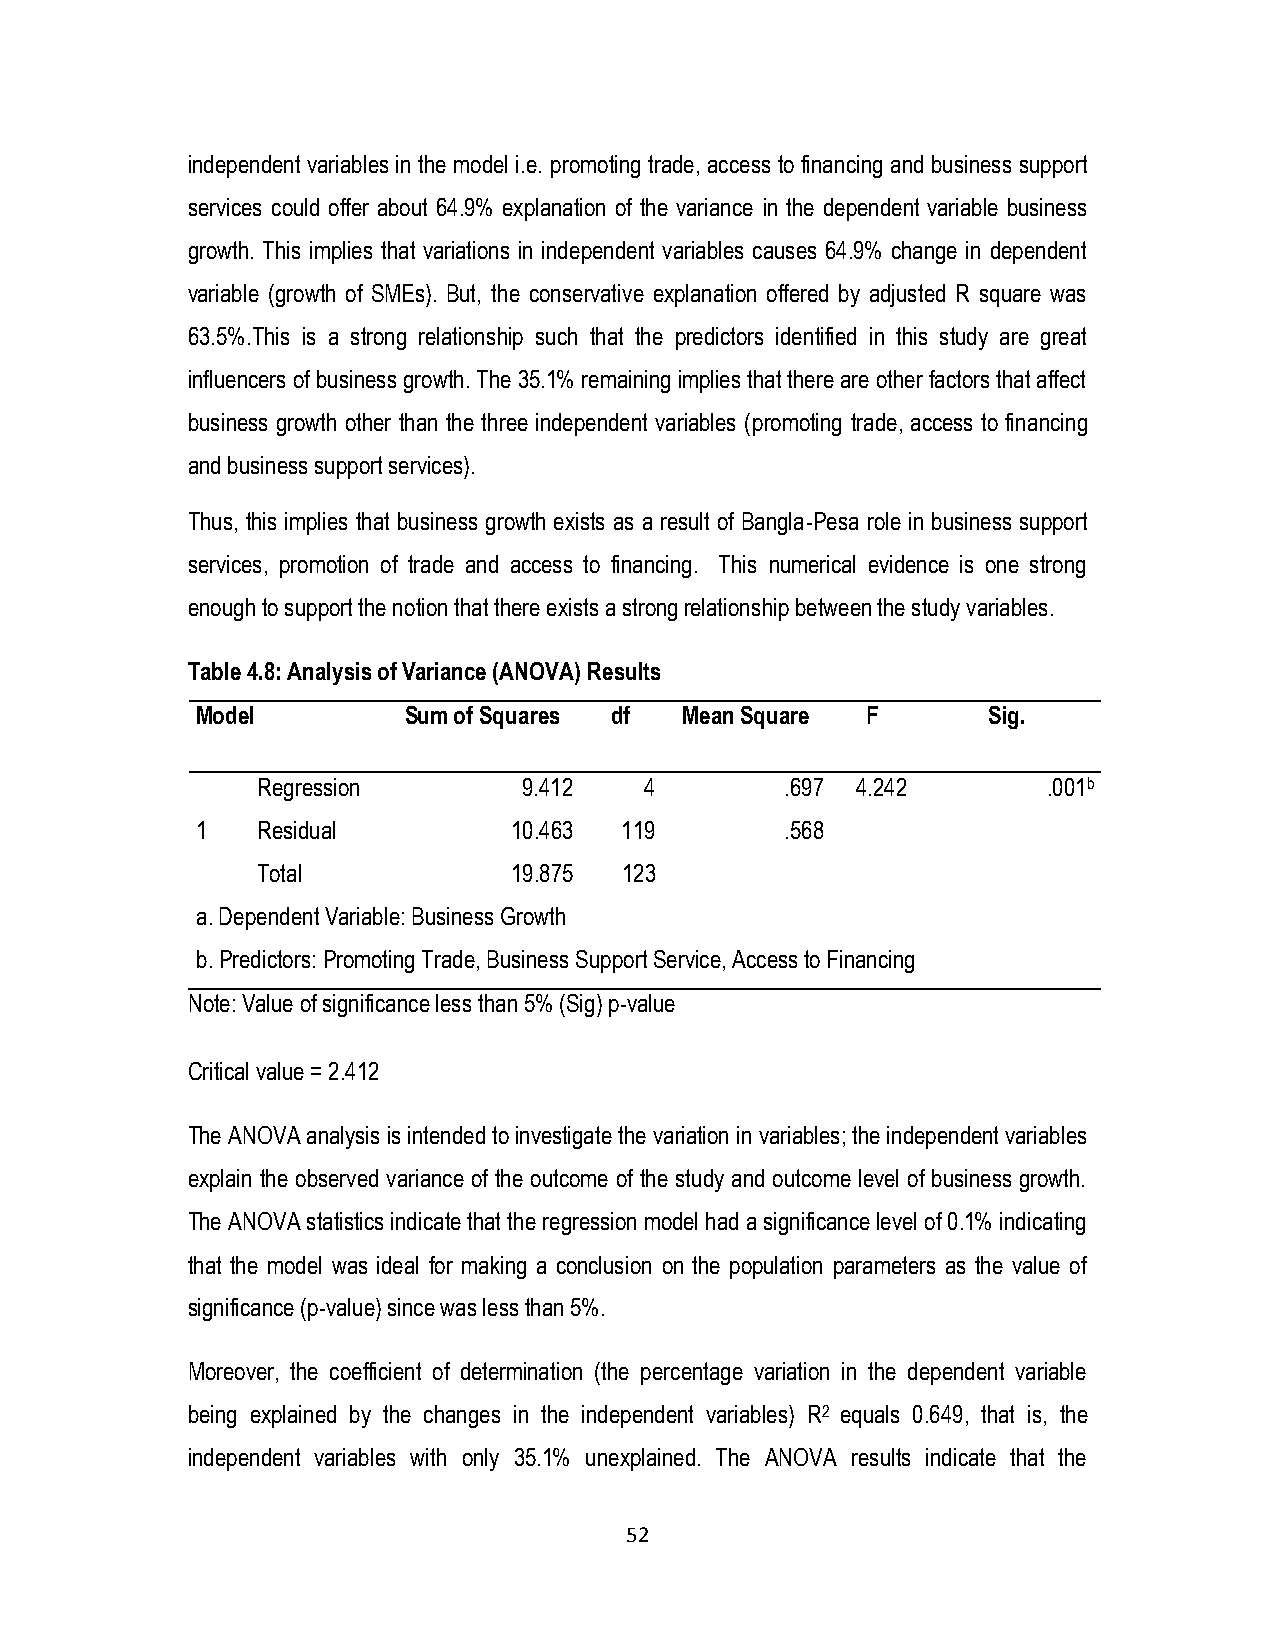
independent variables in the model i.e. promoting trade, access to financing and business support
 services could offer about 64.9% explanation of the variance in the dependent variable business
 growth. This implies that variations in independent variables causes 64.9% change in dependent
 variable (growth of SMEs). But, the conservative explanation offered by adjusted R square was
 63.5%.This is a strong relationship such that the predictors identified in this study are great
 influencers of business growth. The 35.1% remaining implies that there are other factors that affect
 business growth other than the three independent variables (promoting trade, access to financing
 and business support services).
 Thus, this implies that business growth exists as a result of Bangla-Pesa role in business support
 services, promotion of trade and access to financing. This numerical evidence is one strong
 enough to support the notion that there exists a strong relationship between the study variables.
 Table 4.8: Analysis of Variance (ANOVA) Results
 Model         Sum of Squares df Mean Square F       Sig.
 Regression        9.412   4        .697 4.242       .001b
 1   Residual         10.463 119        .568
 Total            19.875 123
 a. Dependent Variable: Business Growth
 b. Predictors: Promoting Trade, Business Support Service, Access to Financing
 Note: Value of significance less than 5% (Sig) p-value
 Critical value = 2.412
 The ANOVA analysis is intended to investigate the variation in variables; the independent variables
 explain the observed variance of the outcome of the study and outcome level of business growth.
 The ANOVA statistics indicate that the regression model had a significance level of 0.1% indicating
 that the model was ideal for making a conclusion on the population parameters as the value of
 significance (p-value) since was less than 5%.
 Moreover, the coefficient of determination (the percentage variation in the dependent variable
 being explained by the changes in the independent variables) R2 equals 0.649, that is, the
 independent variables with only 35.1% unexplained. The ANOVA results indicate that the
 52